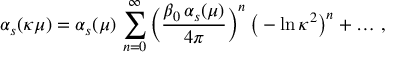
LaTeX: \alpha _ { s } ( \kappa \mu ) = \alpha _ { s } ( \mu ) \, \sum _ { n = 0 } ^ { \infty } \bigg ( { \frac { \beta _ { 0 } \, \alpha _ { s } ( \mu ) } { 4 \pi } } \bigg ) ^ { n } \, \big ( - \ln \kappa ^ { 2 } \big ) ^ { n } + \ldots \, ,